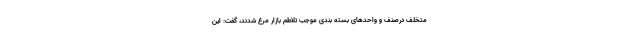
متخلف درصنف و واحدهای بسته بندی موجب تلاطم بازار مرغ شدند، گفت: این